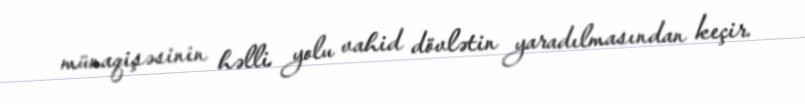
münaqişəsinin həlli yolu vahid dövlətin yaradılmasından keçir.